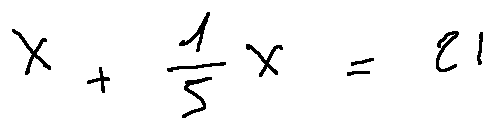
X + \frac { 1 } { 5 } X = 2 1